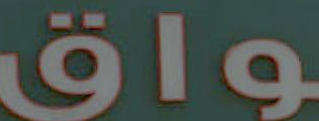
Ölg